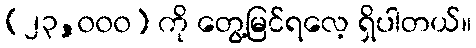
(၂၃,၀၀၀) ကို တွေ့မြင်ရလေ့ ရှိပါတယ်။